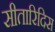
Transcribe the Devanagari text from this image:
सीतारिदिस